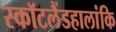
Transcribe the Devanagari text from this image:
स्कॉटलैंडहालांकि